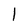
Character: l